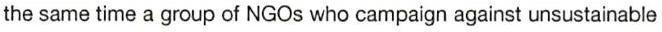
the same time a group of NGOs who campaign against unsustainable